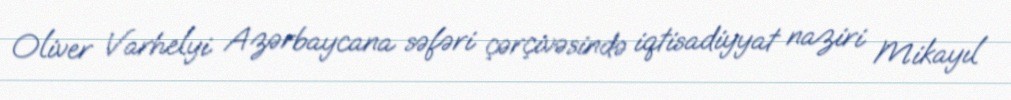
Oliver Varhelyi Azərbaycana səfəri çərçivəsində iqtisadiyyat naziri Mikayıl